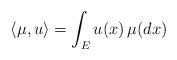
LaTeX: \begin{align*}\langle\mu,u\rangle=\int_Eu(x)\,\mu(dx)\end{align*}